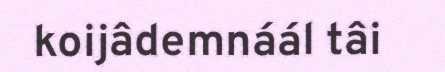
koijâdemnáál tâi